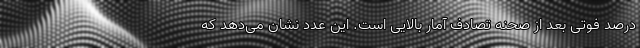
درصد فوتی بعد از صحنه تصادف آمار بالایی است. این عدد نشان می‌دهد که